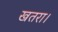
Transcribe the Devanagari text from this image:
खतरा।